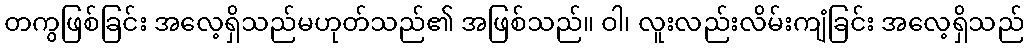
တကွဖြစ်ခြင်း အလေ့ရှိသည်မဟုတ်သည်၏ အဖြစ်သည်။ ဝါ၊ လူးလည်းလိမ်းကျံခြင်း အလေ့ရှိသည်